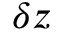
\delta z